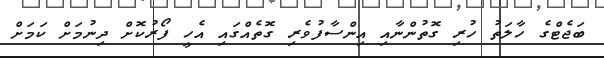
ބަޖެޓްގެ ހާލަތު ހުރި ގޮތުންނާއި އިންސާފުވެރި ގޮތެއްގައި އެހީ ފޯރުކޮށް ދިނުމަށް ކަމަށް